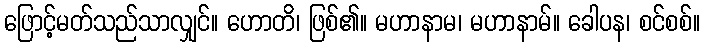
ဖြောင့်မတ်သည်သာလျှင်။ ဟောတိ၊ ဖြစ်၏။ မဟာနာမ၊ မဟာနာမ်။ ခေါပန၊ စင်စစ်။